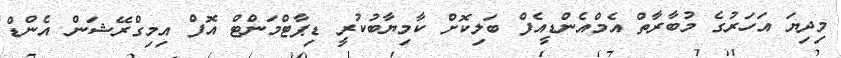
މިދިޔަ އަހަރުގެ މުބާރާތް އެމްއެންޑީއެފް ބަލިކޮށް ކާމިޔާބުކުރީ ޑިޕާޓްމަންޓް އޮފް އިމިގްރޭޝަން އެންޑް